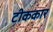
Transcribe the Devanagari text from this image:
टीककार